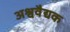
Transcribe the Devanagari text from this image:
अश्ववैद्यक